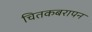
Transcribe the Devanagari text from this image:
चितकबरापन